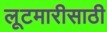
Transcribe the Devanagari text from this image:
लूटमारीसाठी